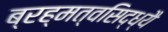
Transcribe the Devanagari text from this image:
ब्रह्मत्वसिद्ध्यै